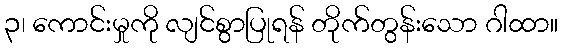
၃၊ ကောင်းမှုကို လျင်စွာပြုရန် တိုက်တွန်းသော ဂါထာ။